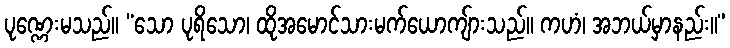
ပုဏ္ဏေးမသည်။ “သော ပုရိသော၊ ထိုအမောင်သားမက်ယောကျ်ားသည်။ ကဟံ၊ အဘယ်မှာနည်း။”